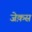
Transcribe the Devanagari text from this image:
जेक़स